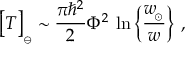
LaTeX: \big [ T \big ] _ { _ \ominus } \sim { \frac { \pi \hbar ^ { 2 } } { 2 } } \Phi ^ { 2 } \, \ln \Big \{ { \frac { w _ { \! _ { \odot } } } { w } } \Big \} \ ,